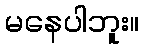
မနေပါဘူး။